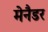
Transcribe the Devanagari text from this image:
मेनैडर